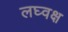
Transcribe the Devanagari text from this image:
लघ्वक्ष